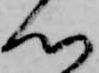
心